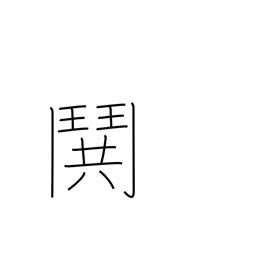
Meaning: fight